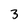
Character: 3